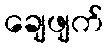
ချေဖျက်